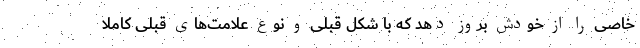
خاصی را از خودش بروز دهد که با شکل قبلی و نوع علامت‌های قبلی کاملا